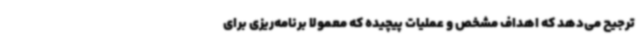
ترجیح می‌دهد که اهداف مشخص و عملیات پیچیده که معمولا برنامه‌ریزی برای